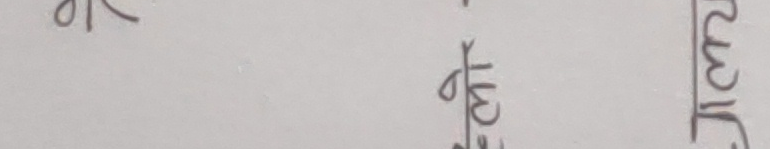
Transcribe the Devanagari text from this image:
का पछ्ने जागर